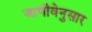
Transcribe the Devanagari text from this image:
जाणीवेनुसार